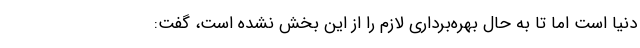
دنیا است اما تا به حال بهره‌برداری لازم را از این بخش نشده است، گفت: